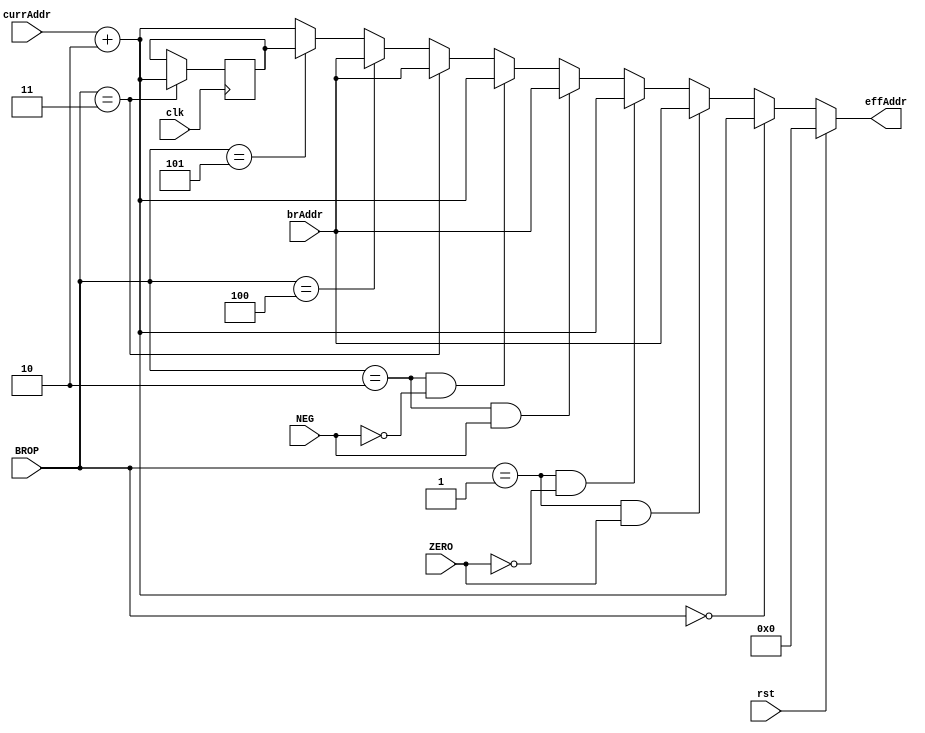
module branchUnit(clk,rst,BROP,ZERO,NEG,brAddr,currAddr,effAddr);

input clk;
input [2:0] BROP;
input ZERO;
input NEG;
input [7:0] brAddr;
input [7:0] currAddr;
input rst;

output wire [7:0] effAddr;

reg [7:0] linkRegister;

assign effAddr = 		(rst == 1)? 8'd0: //Reset
							(BROP == 3'b000)? currAddr+8'b00000010://Regular
							(BROP == 3'b001&&ZERO==1)? brAddr: //BRZ
							(BROP == 3'b001&&ZERO==0)? currAddr+8'b00000010: //BRZ
							(BROP == 3'b010&&NEG==1)? brAddr: //BRN
							(BROP == 3'b010&&NEG==0)? currAddr+8'b00000010:	//BRN
							(BROP == 3'b011)? brAddr: //BRSUB
							(BROP == 3'b100)? brAddr: //BR
							(BROP == 3'b101)? linkRegister: //RETURN
							currAddr+8'b00000010;

initial begin
	linkRegister <= 0;
end
							
always @(posedge clk) begin

	if(BROP == 3'b011) begin
		linkRegister <= currAddr+8'b00000010;
	end
	
end

endmodule